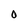
Character: 0